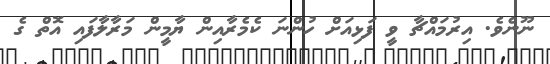
ނޫނެވެ. އިރުމައްޗާ ވީ ފަޅިއަށް ހުންނަ ކެމެރާއިން ޔާމީން މަރާލާފައި އޮތް ގެ